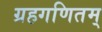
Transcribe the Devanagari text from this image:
ग्रहगणितम्